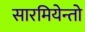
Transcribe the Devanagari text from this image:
सारमियेन्तो